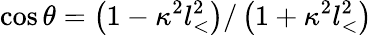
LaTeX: \cos\theta=\left(1-\kappa^{2}l_{<}^{2}\right)/\left(1+\kappa^{2}l_{<}^{2}\right)